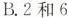
B.2和6